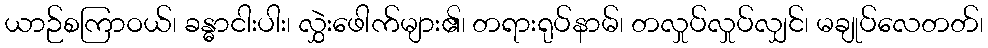
ယာဉ်စကြာဝယ်၊ ခန္ဓာငါးပါး၊ လွှဲးဖေါက်များ၏၊ တရားရုပ်နာမ်၊ တလှုပ်လှုပ်လျှင်၊ မချုပ်လေတတ်၊